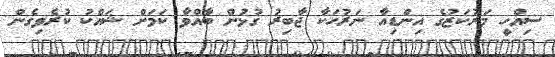
ސިއްހީ މަރުކަޒުގެ އިންޑިއާ ނަރުހަކާ ޖާބިރު ގުޅުން ބާއްވާ ކަމަށް ޝައްކު ކުރެވިގެން